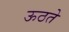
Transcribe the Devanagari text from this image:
ऊठते